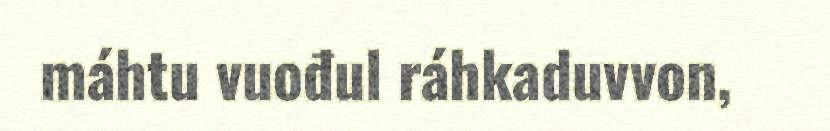
máhtu vuođul ráhkaduvvon,